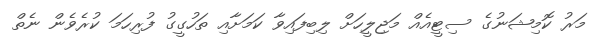
މަރު ކޮމިޝަނުގެ ސިޓީއެއް މަޖިލީހަށް ލިބިފައިވާ ކަމަށާއި ތަހުގީގު ފުރިހަމަ ކުރެވެން ނެތް